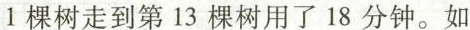
1棵树走到第13棵树用了18分钟。如